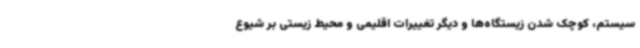
سیستم، کوچک شدن زیستگاه‌ها و دیگر تغییرات اقلیمی و محیط زیستی بر شیوع